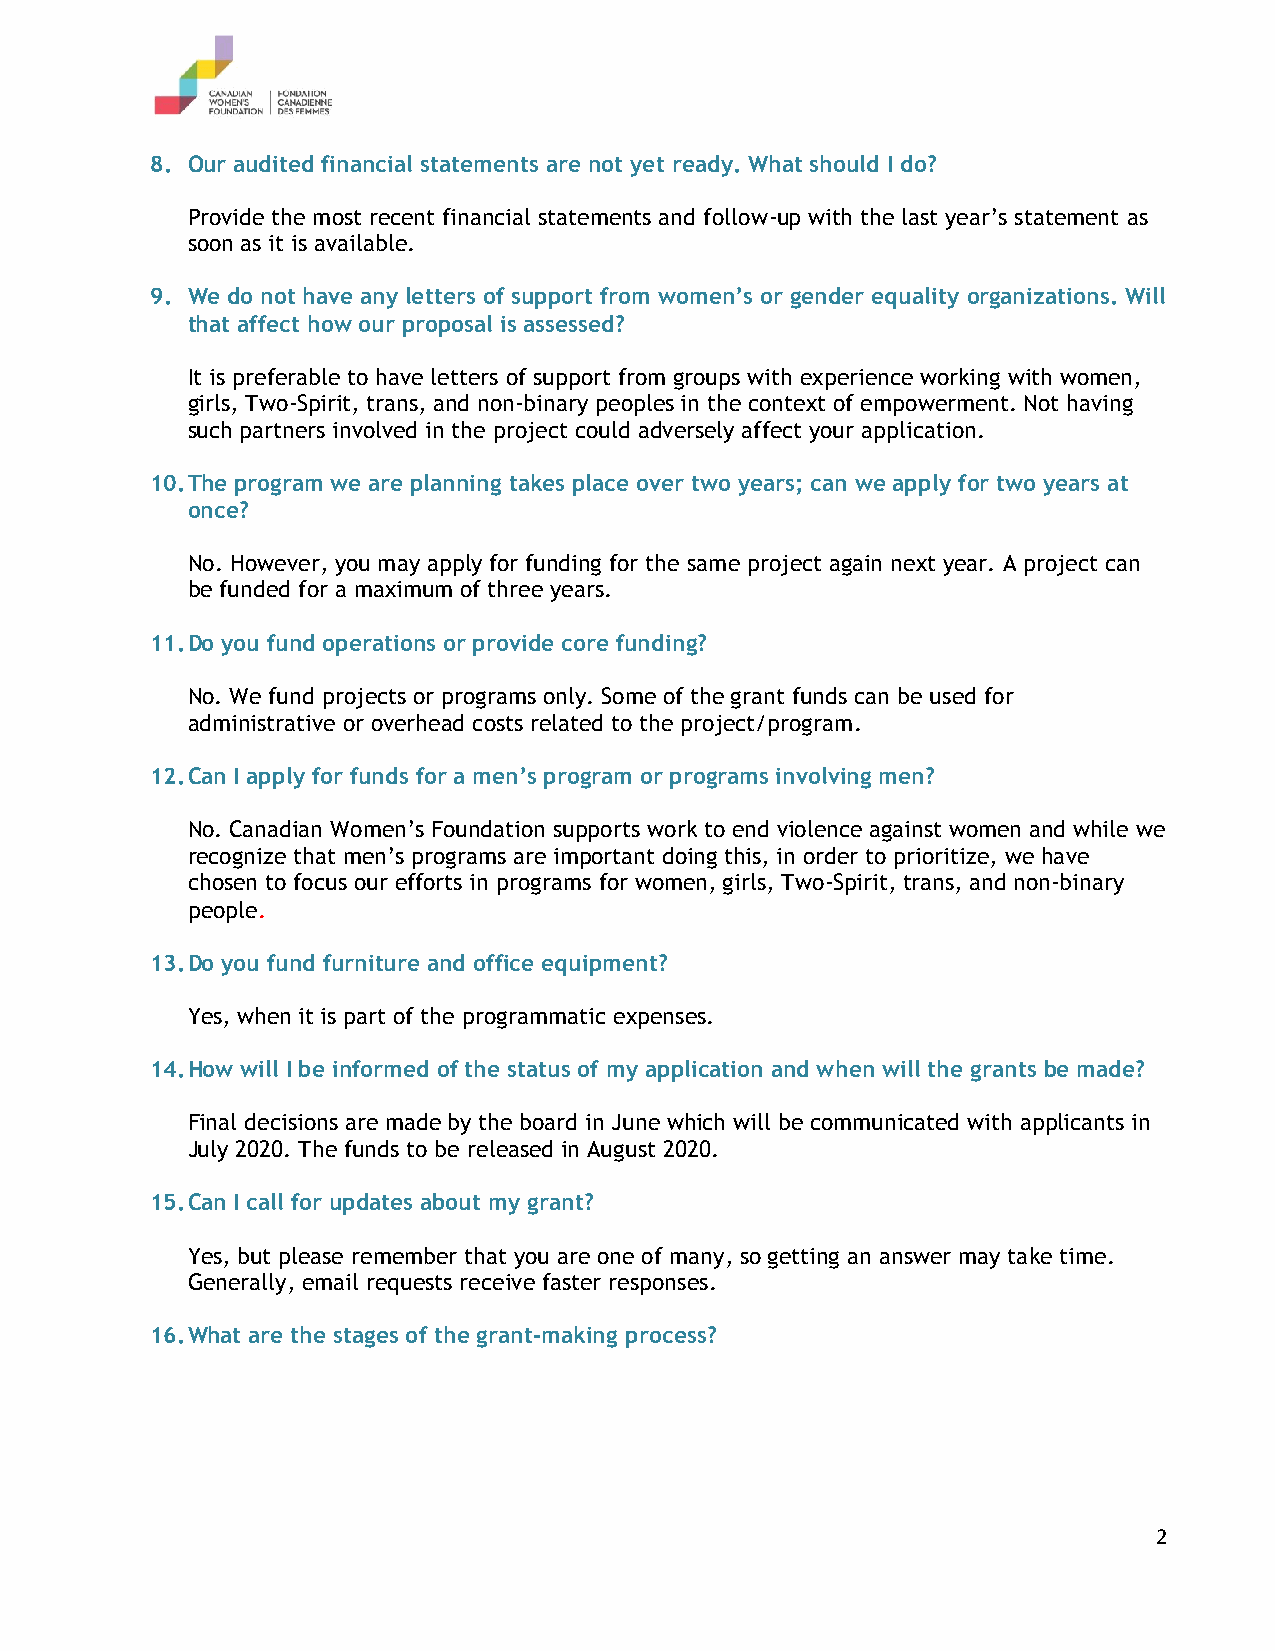
8. Our audited financial statements are not yet ready. What should I do?
 Provide the most recent financial statements and follow-up with the last year’s statement as
 soon as it is available.
 9. We do not have any letters of support from women’s or gender equality organizations. Will
 that affect how our proposal is assessed?
 It is preferable to have letters of support from groups with experience working with women,
 girls, Two-Spirit, trans, and non-binary peoples in the context of empowerment. Not having
 such partners involved in the project could adversely affect your application.
 10. The program we are planning takes place over two years; can we apply for two years at
 once?
 No. However, you may apply for funding for the same project again next year. A project can
 be funded for a maximum of three years.
 11. Do you fund operations or provide core funding?
 No. We fund projects or programs only. Some of the grant funds can be used for
 administrative or overhead costs related to the project/program.
 12. Can I apply for funds for a men’s program or programs involving men?
 No. Canadian Women’s Foundation supports work to end violence against women and while we
 recognize that men’s programs are important doing this, in order to prioritize, we have
 chosen to focus our efforts in programs for women, girls, Two-Spirit, trans, and non-binary
 people.
 13. Do you fund furniture and office equipment?
 Yes, when it is part of the programmatic expenses.
 14. How will I be informed of the status of my application and when will the grants be made?
 Final decisions are made by the board in June which will be communicated with applicants in
 July 2020. The funds to be released in August 2020.
 15. Can I call for updates about my grant?
 Yes, but please remember that you are one of many, so getting an answer may take time.
 Generally, email requests receive faster responses.
 16. What are the stages of the grant-making process?
 2